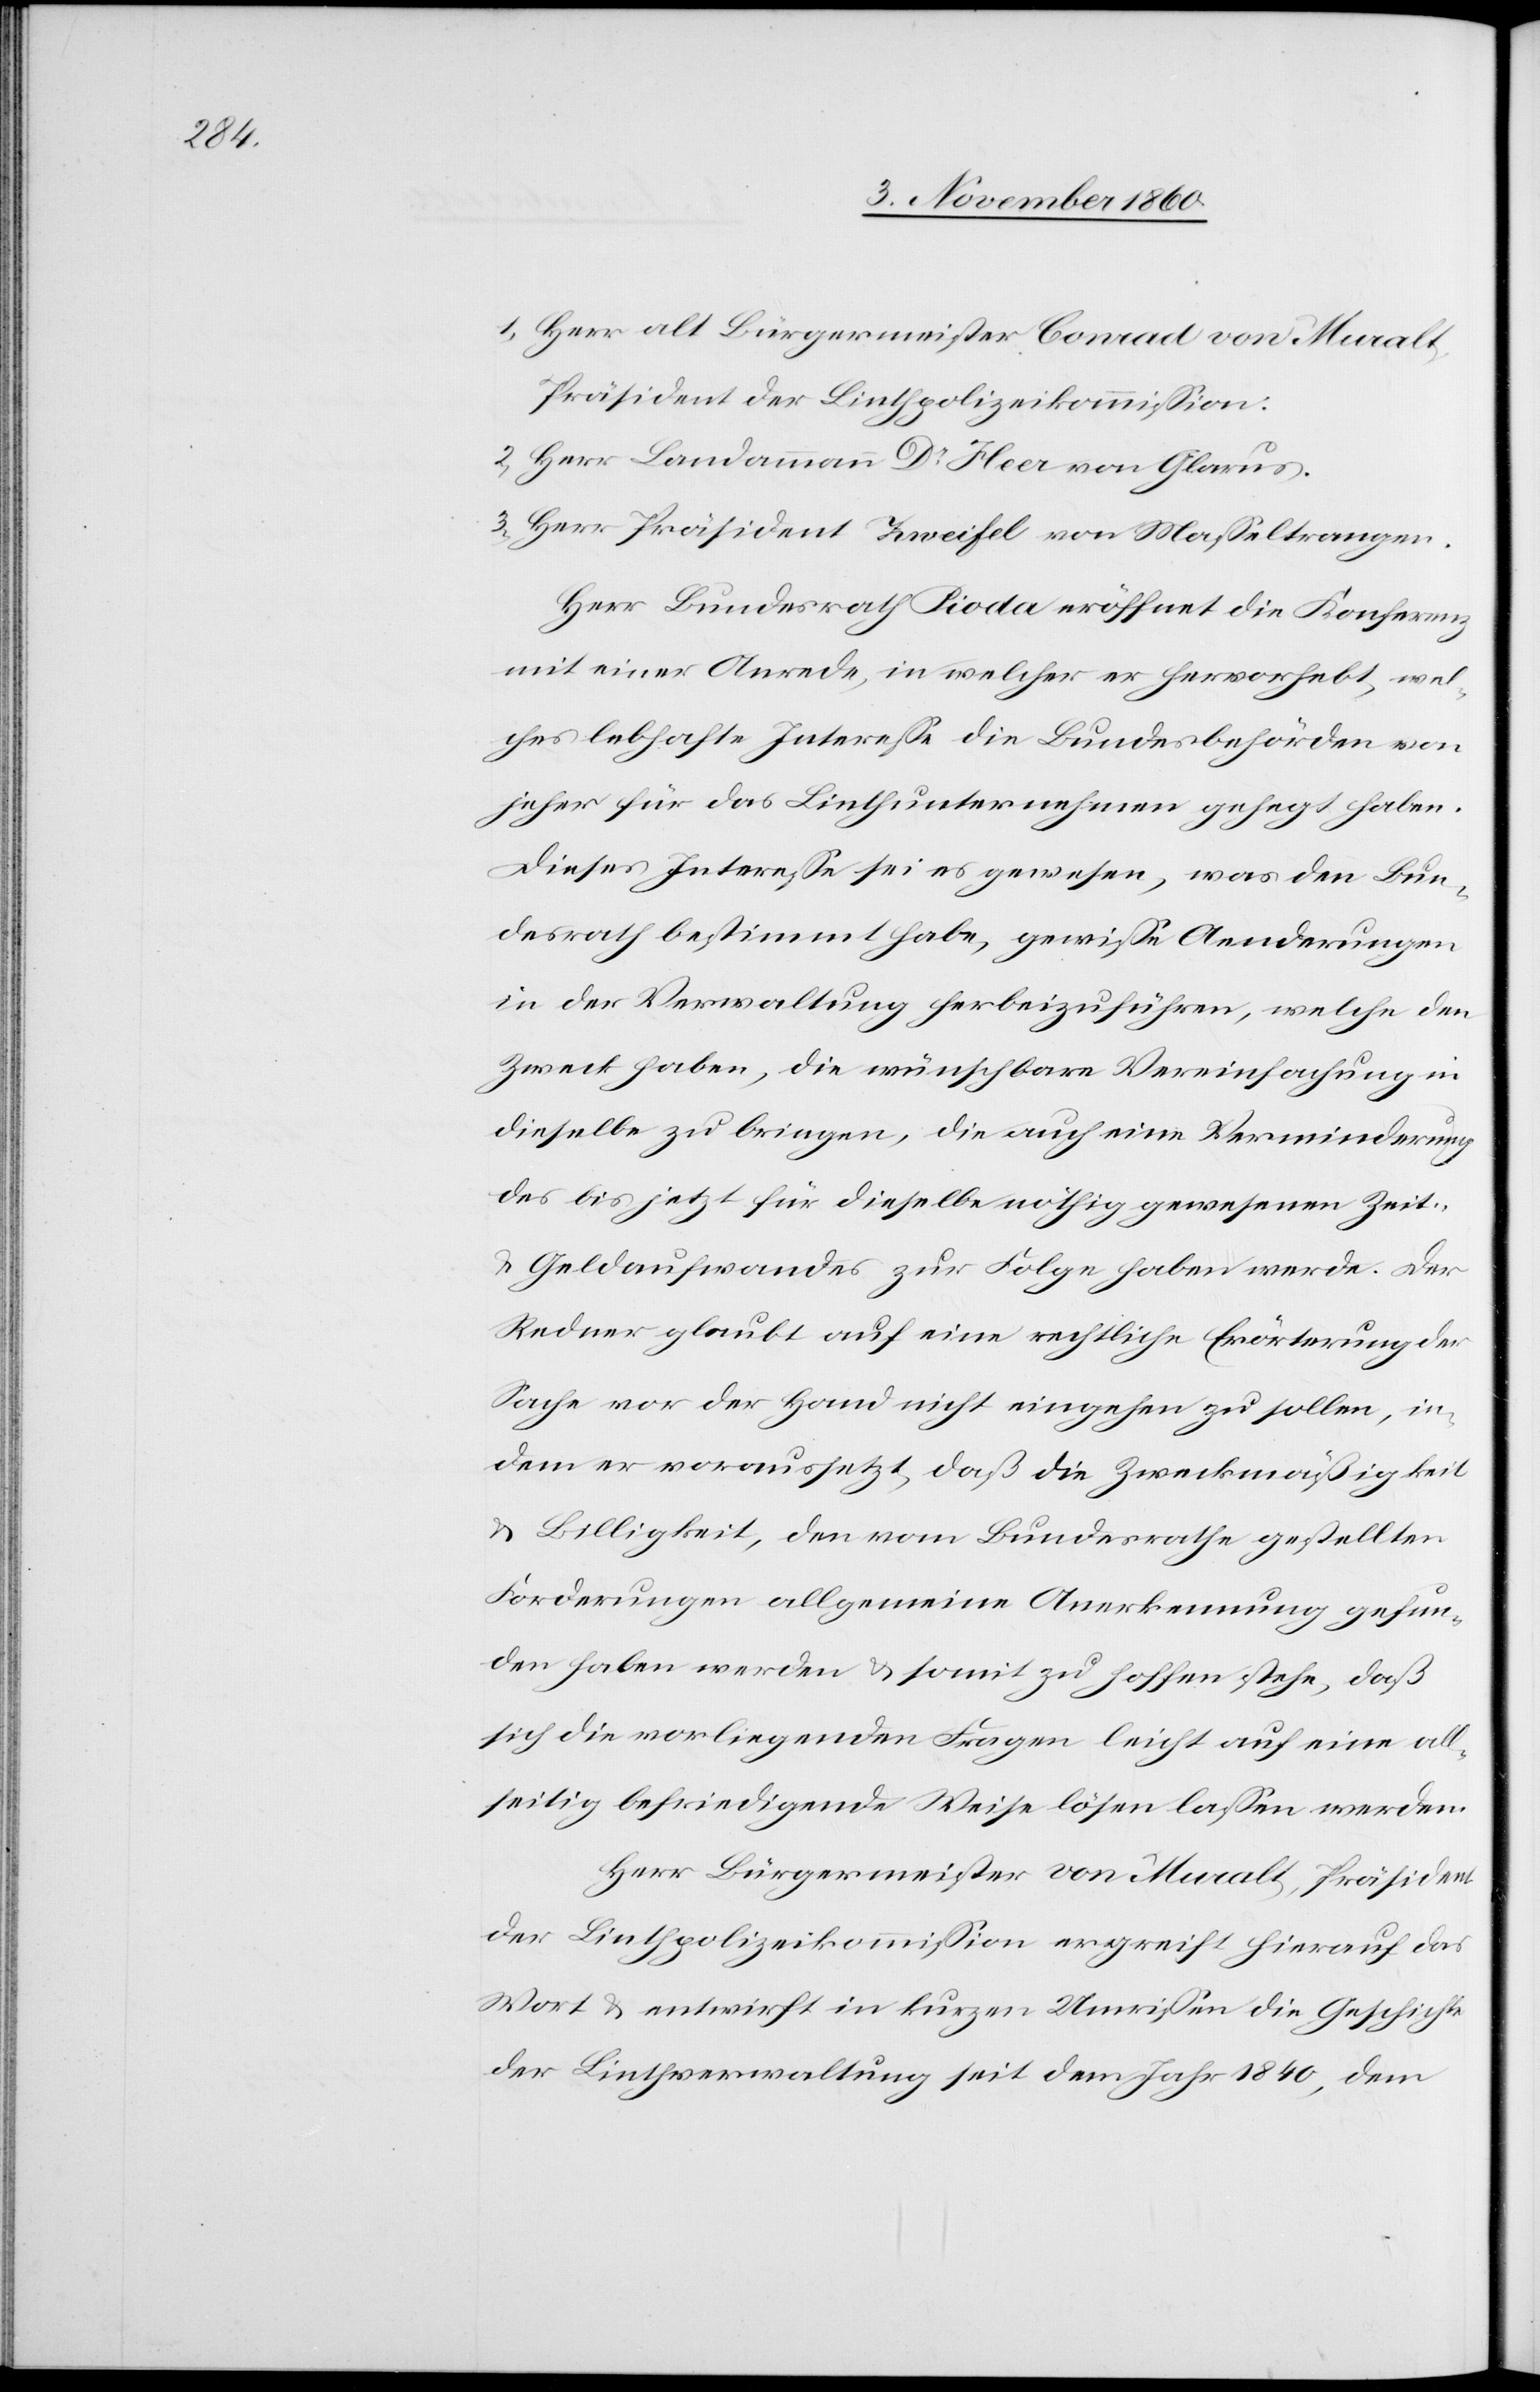
1. Herr alt Bürgermeister Conrad von Muralt.
Präsident der Linthpolizeikommission.
2. Herr Landammann Dr Heer von Glarus.
3. Herr Präsident Zweifel von Masseltrangen.
Herr Bundesrath Pioda eröffnet die Konferenz
mit einer Anrede, in welcher er hervorhebt, wel¬
ches lebhaft Interesse die Bundesbehörden von
jeher für das Linthunternehmen gehegt haben.
Dieses Interesse sei es gewesen, was den Bun¬
desrath bestimmt habe, gewisse Aenderungen
in der Verwaltung herbeizuführen, welche den
Zweck haben, die wünschbare Vereinfachung in
dieselbe zu bringen, die auch eine Verminderung
des bis jetzt für dieselbe nöthig gewesenen Zeit-
u. Geldaufwandes zur Folge haben werde. Der
Redner glaubt auf eine rechtliche Erörterung der
Sache vor der Hand nicht eingehen zu sollen, in¬
dem er voraussetzt, daß die Zweckmäßigkeit
u. Billigkeit, den vom Bundesrathe gestellten
Forderungen allgemeine Anerkennung gefun¬
den haben werden u. somit zu hoffen stehe, daß
sich die vorliegenden Fragen leicht auf eine all¬
seitig befriedigende Weise lösen lassen werden.
Herr Bürgermeister von Muralt, Präsident
der Linthpolizeikommission ergreift hierauf das
Wort u. entwirft in kurzen Umrissen die Geschichte
der Linthverwaltung seit dem Jahr 1840, dem